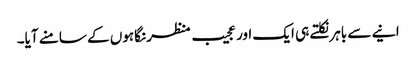
انیے سے باہر نکلتے ہی ایک اور عجیب منظر نگاہوں کے سامنے آیا۔